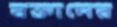
বক্তাদের